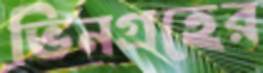
ভিনগ্রহের